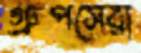
গ্রুপসেরা